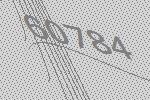
60784